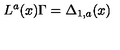
L ^ { a } ( x ) \Gamma = \Delta _ { 1 , a } ( x )